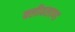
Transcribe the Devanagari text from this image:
क्लीवलाण्ड